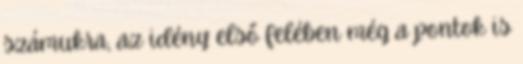
számukra, az idény első felében még a pontok is